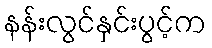
နန်းလွင်နှင်းပွင့်က